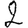
Digit: 2